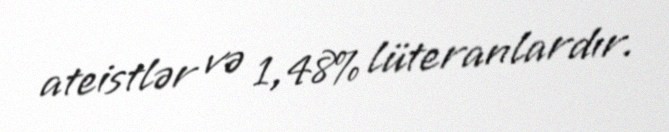
ateistlər və 1,48% lüteranlardır.